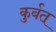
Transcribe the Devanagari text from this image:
कुर्वत्